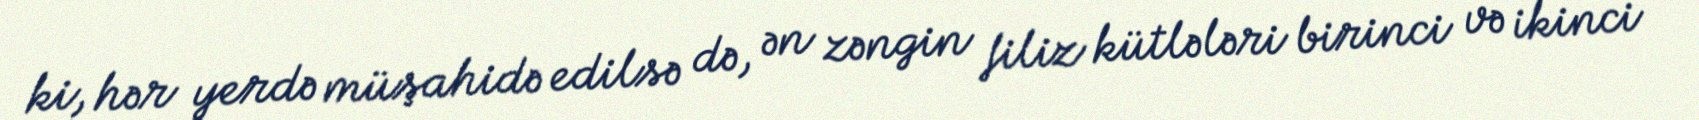
ki, hər yerdə müşahidə edilsə də, ən zəngin filiz kütlələri birinci və ikinci